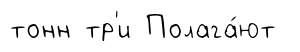
тонн тр'и Полага́ют